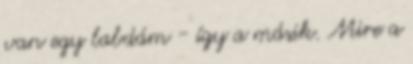
van egy labdám - így a másik. Mire a